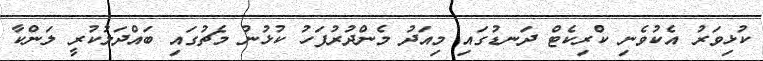
ކުޅިވަރު އެކުވެނި ކްރިކެޓް ދަނޑުގައި މިއަދު މެންދުރުފަހު ކުޅުނު މެޗުގައި ބައްދަލުކުރީ ލަންކާ